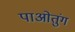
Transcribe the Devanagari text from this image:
पाओतुंग